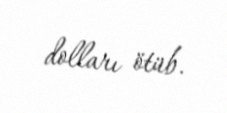
dolları ötüb.